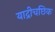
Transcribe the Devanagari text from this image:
याद्रीचछिक